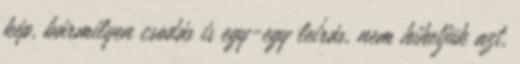
kép, bármilyen csodás is egy-egy leírás, nem hihetjük azt,